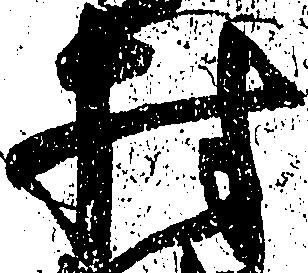
村